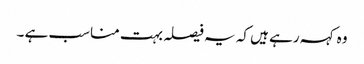
وہ کہہ رہے ہیں کہ یہ فیصلہ بہت مناسب ہے ۔